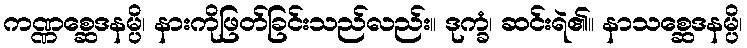
ကဏ္ဏစ္ဆေဒနမ္ပိ၊ နားကိုဖြတ်ခြင်းသည်လည်း။ ဒုက္ခံ၊ ဆင်းရဲ၏။ နာသစ္ဆေဒနမ္ပိ၊